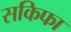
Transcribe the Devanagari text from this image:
सकिफा